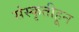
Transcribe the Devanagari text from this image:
संस्कृतीहून